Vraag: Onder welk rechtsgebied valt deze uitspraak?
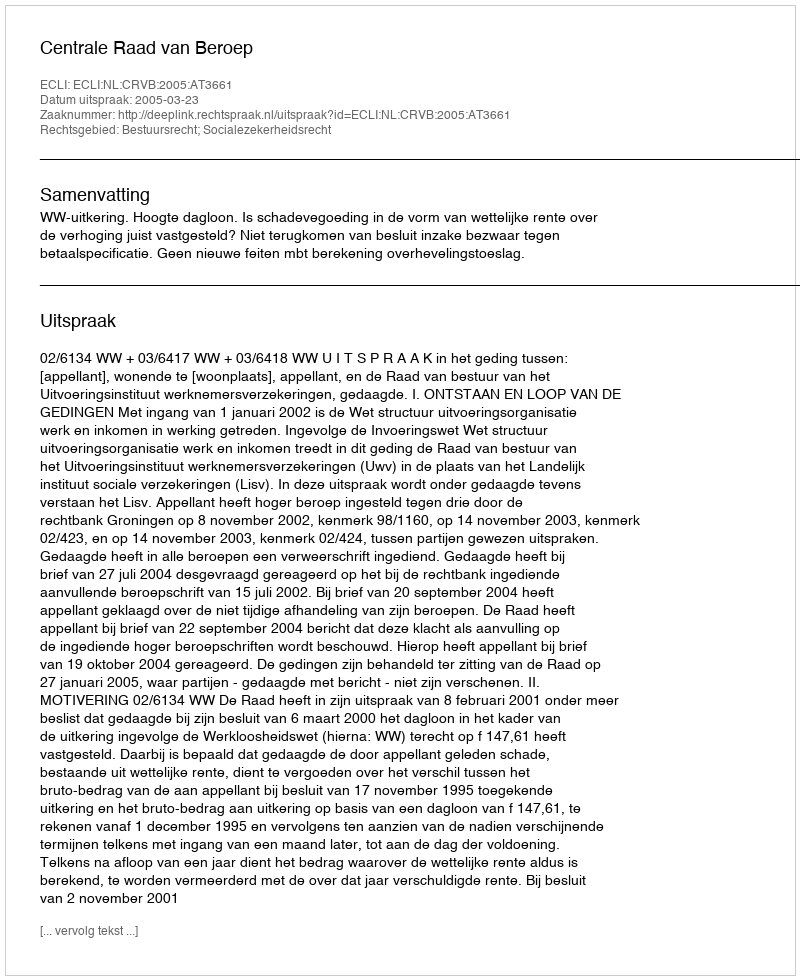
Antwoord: Bestuursrecht; Socialezekerheidsrecht